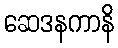
ဆေဒနကာနိ